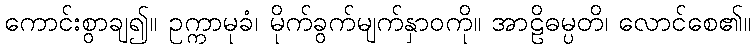
ကောင်းစွာချ၍။ ဥက္ကာမုခံ၊ မိုက်ခွက်မျက်နှာဝကို။ အာဠိဓမ္ပတိ၊ လောင်စေ၏။